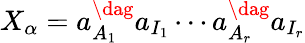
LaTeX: X_{\alpha}=a_{A_{1}}^{\dag}a_{I_{1}}\cdots a_{A_{r}}^{\dag}a_{I_{r}}